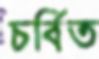
চর্বিত